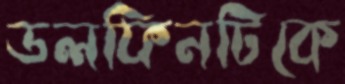
ডলফিনটিকে